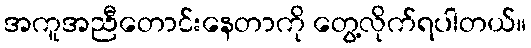
အကူအညီတောင်းနေတာကို တွေ့လိုက်ရပါတယ်။